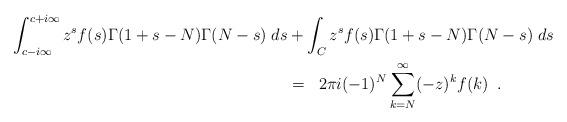
LaTeX: \begin{align*}\int_{c-i\infty}^{c+i\infty} z^s f(s) \Gamma(1+s-N) \Gamma(N-s) \; ds & +\int_{C} z^s f(s) \Gamma(1+s-N) \Gamma(N-s) \; ds\\& = \; \; 2 \pi i (-1)^N \sum_{k=N}^{\infty} (-z)^k f(k) \;\;.\end{align*}